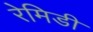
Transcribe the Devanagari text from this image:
रेमिडी